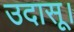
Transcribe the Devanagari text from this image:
उदासू।